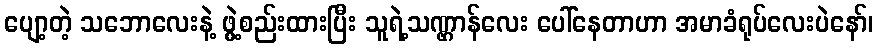
ပျော့တဲ့ သဘောလေးနဲ့ ဖွဲ့စည်းထားပြီး သူရဲ့သဏ္ဌာန်လေး ပေါ်နေတာဟာ အမာခံရုပ်လေးပဲနော်၊